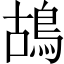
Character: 鴣